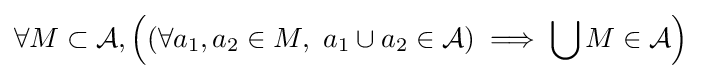
\forall M\subset {\mathcal {A}},\left((\forall a_{1},a_{2}\in M,\ a_{1}\cup a_{2}\in {\mathcal {A}})\implies \bigcup M\in {\mathcal {A}}\right)